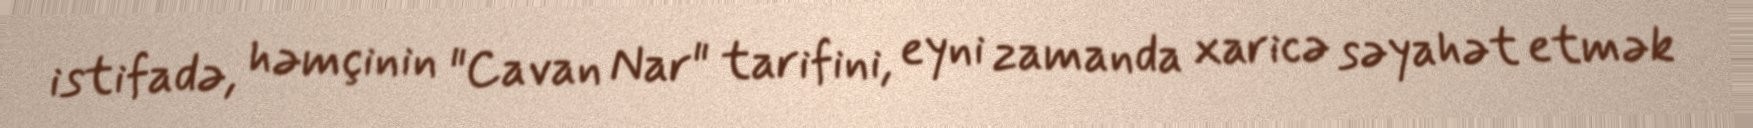
istifadə, həmçinin "Cavan Nar" tarifini, eyni zamanda xaricə səyahət etmək